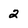
Character: 2